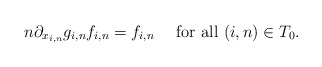
\begin{align*} n\partial_{x_{i,n}}g_{i,n} f_{i,n}=f_{i,n}\ \ \ \mbox{ for all } (i,n)\in T_0.\end{align*}